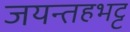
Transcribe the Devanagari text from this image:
जयन्तहभट्ट